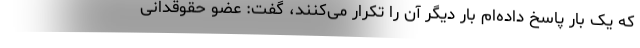
که یک بار پاسخ داده‌ام بار دیگر آن را تکرار می‌کنند، گفت: عضو حقوقدانی